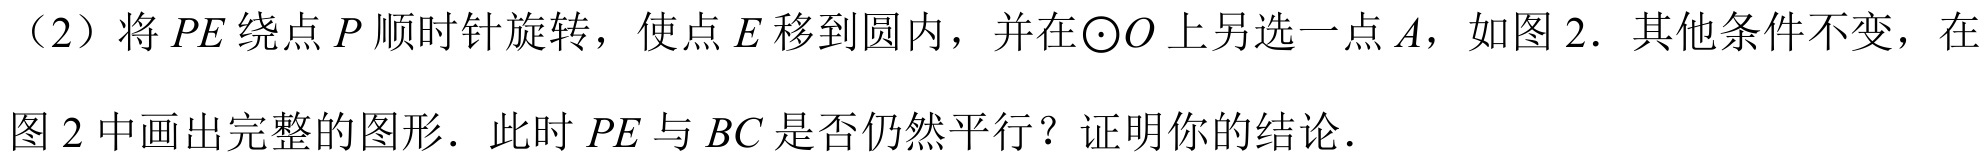
（2）将\(PE\)绕点\(P\)顺时针旋转，使点\(E\)移到圆内，并在\(\odot O\)上另选一点\(A\)，如图 2．其他条件不变，在

图 2 中画出完整的图形．此时\(PE\)与\(BC\)是否仍然平行？证明你的结论．